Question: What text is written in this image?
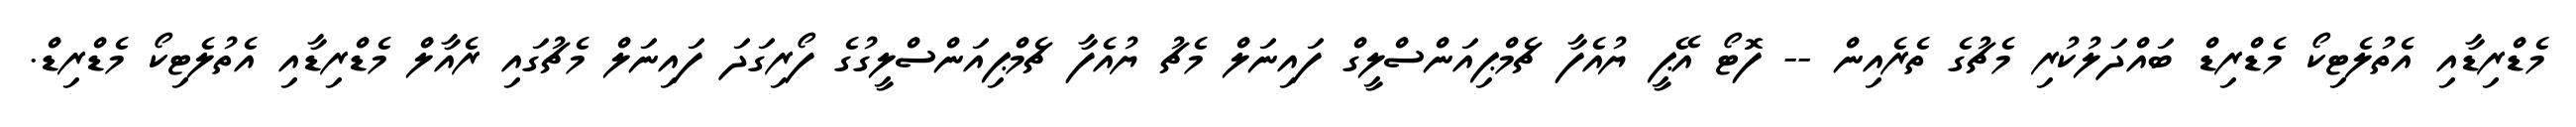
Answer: މެޑްރިޑާއި އެތުލެޓިކޯ މެޑްރިޑް ބައްދަލުކުރި މެޗުގެ ތެރެއިން -- ފޮޓޯ އޭޕީ ޔުއެފާ ޗެމްޕިއަންސްލީގް ފައިނަލް މެޗު ޔުއެފާ ޗެމްޕިއަންސްލީގުގެ ފޯރިގަދަ ފައިނަލް މެޗުގައި ރެއާލް މެޑްރިޑާއި އެތުލެޓިކޯ މެޑްރިޑް.